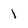
Character: I